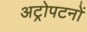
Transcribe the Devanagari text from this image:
अट्रोपटनों